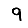
Digit: 9